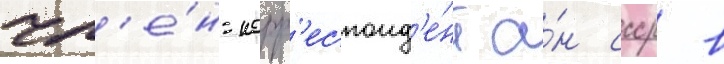
чл'е́н-корр'еспонд'е́нт а́н ссср в